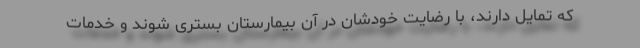
که تمایل دارند، با رضایت خودشان در آن بیمارستان بستری شوند و خدمات